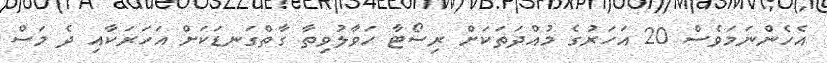
އެހެންނަމަވެސް 20 އަހަރުގެ މުއްދަތަކަށް ރިސޯޓާ ހަވާލުވިތާ ގާތްގަނޑަކަށް އަހަރަކާއި ދެ މަސް